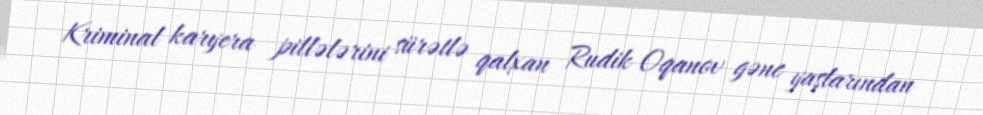
Kriminal karyera pillələrini sürətlə qalxan Rudik Oqanov gənc yaşlarından